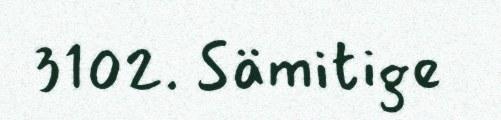
3102. Sämitige